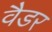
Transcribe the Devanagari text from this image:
वैडर